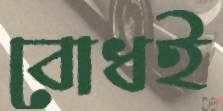
বোধই